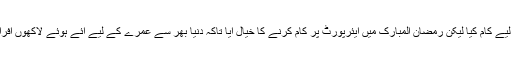
’ابتدا میں جدہ شہر کے لیے کام کیا لیکن رمضان المبارک میں ایئرپورٹ پر کام کرنے کا خیال آیا تاکہ دنیا بھر سے عمرے کے لیے آئے ہوئے لاکھوں افراد کی خدمت کر سکوں۔